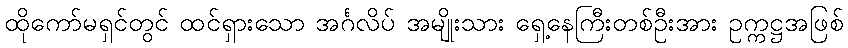
ထိုကော်မရှင်တွင် ထင်ရှားသော အင်္ဂလိပ် အမျိုးသား ရှေ့နေကြီးတစ်ဦးအား ဥက္ကဋ္ဌအဖြစ်